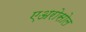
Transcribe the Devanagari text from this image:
एअरोसोल